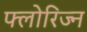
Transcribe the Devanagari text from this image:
फ्लोरिज्न